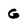
Character: G